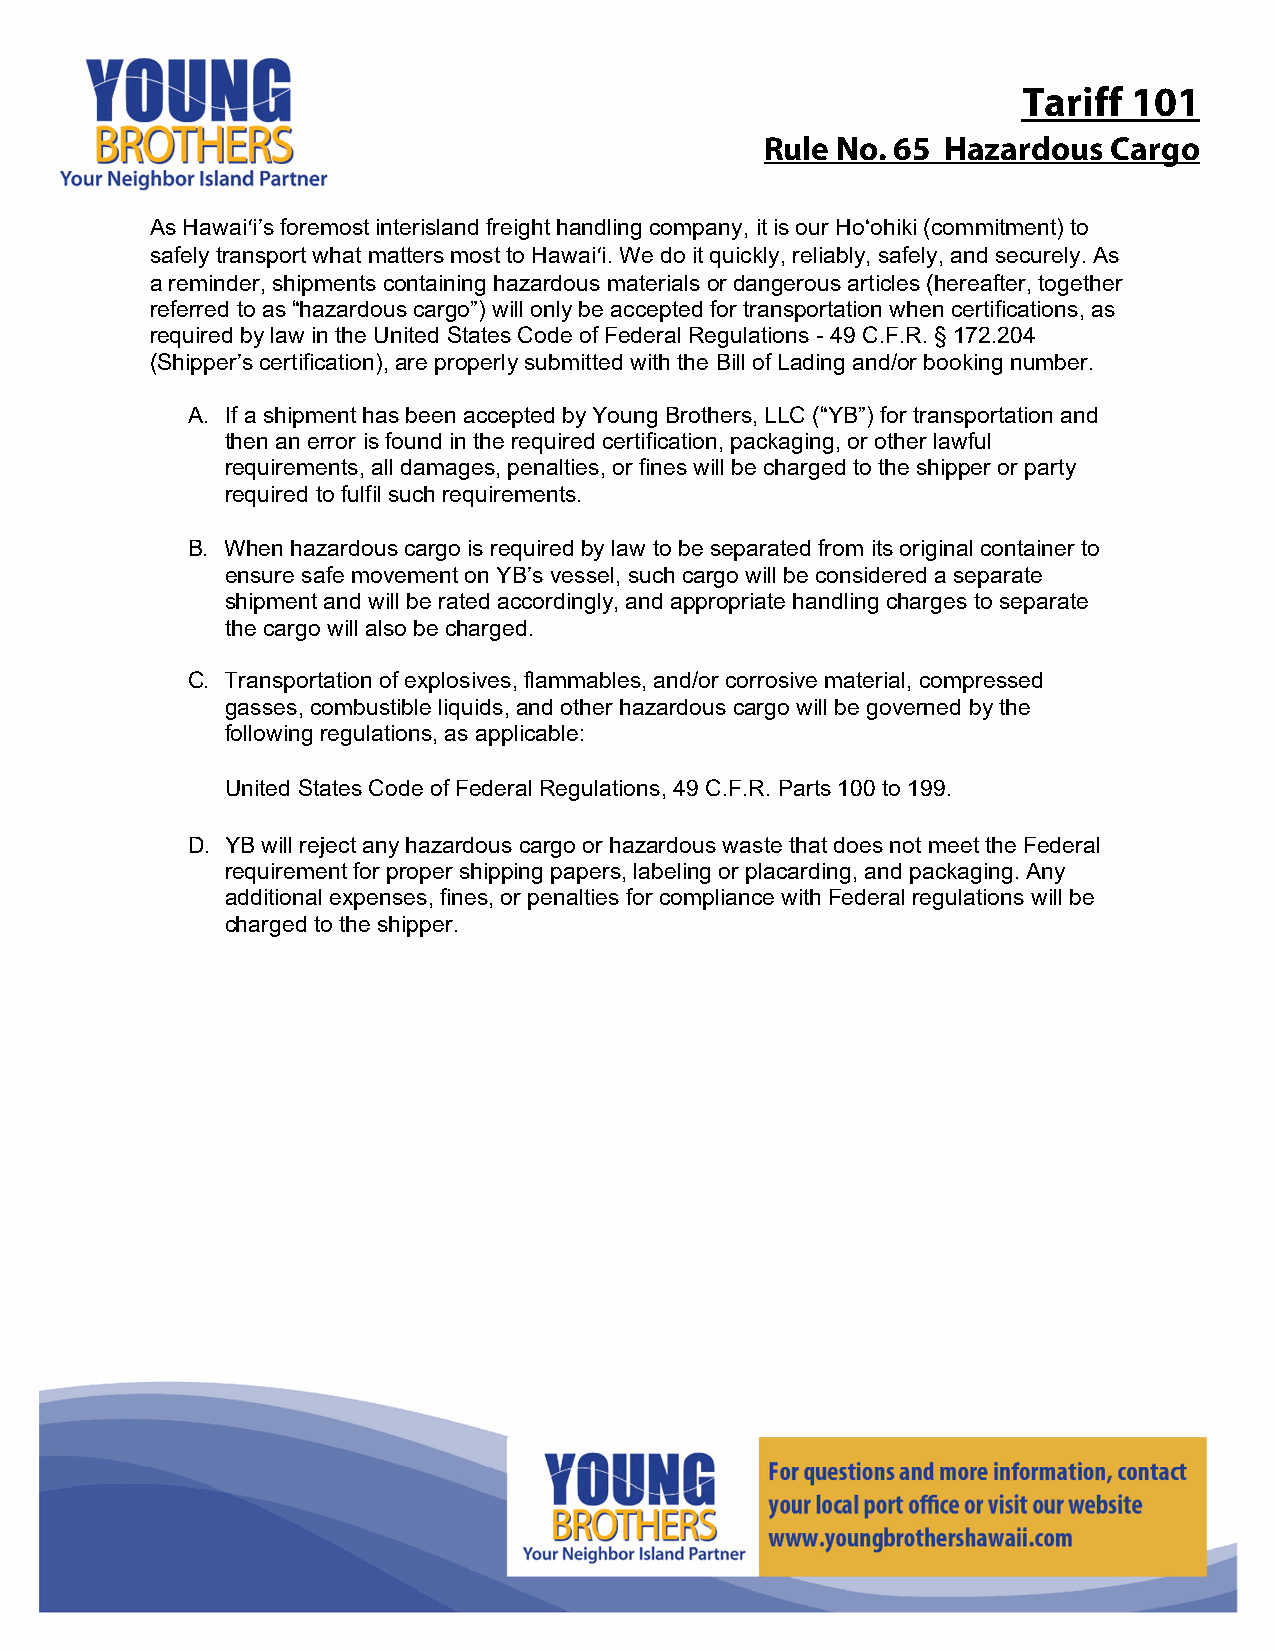
Tariff 101
 Rule No. 65 Hazardous  Cargo
 As Hawaiʻi’s foremost interisland freight handling company, it is our Ho‘ohiki (commitment) to
 safely transport what matters most to Hawaiʻi. We do it quickly, reliably, safely, and securely. As
 a reminder, shipments containing hazardous materials or dangerous articles (hereafter, together
 referred to as “hazardous cargo”) will only be accepted for transportation when certifications, as
 required by law in the United States Code of Federal Regulations - 49 C.F.R. § 172.204
 (Shipper’s certification), are properly submitted with the Bill of Lading and/or booking number.
 A. If a shipment has been accepted by Young Brothers, LLC (“YB”) for transportation and
 then an error is found in the required certification, packaging, or other lawful
 requirements, all damages, penalties, or fines will be charged to the shipper or party
 required to fulfil such requirements.
 B. When hazardous cargo is required by law to be separated from its original container to
 ensure safe movement on YB’s vessel, such cargo will be considered a separate
 shipment and will be rated accordingly, and appropriate handling charges to separate
 the cargo will also be charged.
 C. Transportation of explosives, flammables, and/or corrosive material, compressed
 gasses, combustible liquids, and other hazardous cargo will be governed by the
 following regulations, as applicable:
 United States Code of Federal Regulations, 49 C.F.R. Parts 100 to 199.
 D. YB will reject any hazardous cargo or hazardous waste that does not meet the Federal
 requirement for proper shipping papers, labeling or placarding, and packaging. Any
 additional expenses, fines, or penalties for compliance with Federal regulations will be
 charged to the shipper.